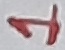
Text: 1